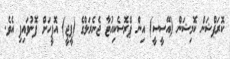
ކޮރަޕްޝަން ކޮމިޝަން (އޭސީސީ) އިން ޕްރޮސެކިއުޓާ ޖެނެރަލްގެ (ޕީޖީ) އޮފީހަށް ފޮނުވައިފި އެވެ.